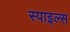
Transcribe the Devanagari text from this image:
स्पाइल्स